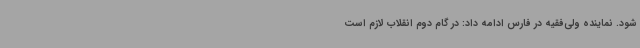
شود. نماینده ولی‌فقیه در فارس ادامه داد: در گام دوم انقلاب لازم است